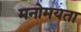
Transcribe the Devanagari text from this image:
मनोमयता